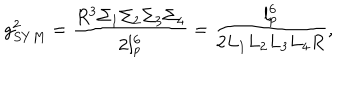
g _ { S Y M } ^ { 2 } = \frac { R ^ { 3 } \Sigma _ { 1 } \Sigma _ { 2 } \Sigma _ { 3 } \Sigma _ { 4 } } { 2 l _ { p } ^ { 6 } } = \frac { l _ { p } ^ { 6 } } { 2 L _ { 1 } L _ { 2 } L _ { 3 } L _ { 4 } R } ,